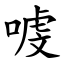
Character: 㗔